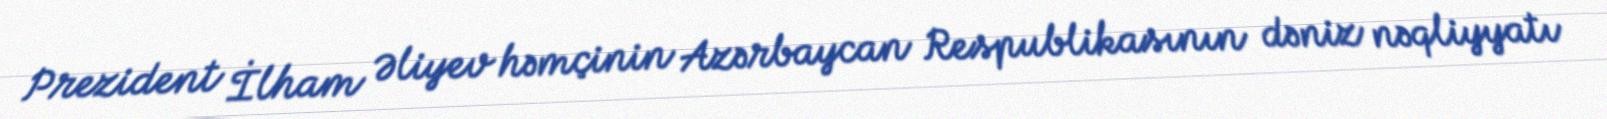
Prezident İlham Əliyev həmçinin Azərbaycan Respublikasının dəniz nəqliyyatı